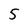
Character: 5